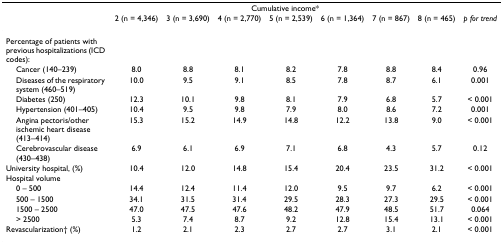
<table><thead><tr><td></td><td colspan="7"><b>Cumulative income*</b></td><td></td></tr><tr><td></td><td><b>2 (n = 4,346)</b></td><td><b>3 (n = 3,690)</b></td><td><b>4 (n = 2,770)</b></td><td><b>5 (n = 2,539)</b></td><td><b>6 (n = 1,364)</b></td><td><b>7 (n = 867)</b></td><td><b>8 (n = 465)</b></td><td><b><i>p for trend</i></b></td></tr></thead><tbody><tr><td>Percentage of patients with previous hospitalizations (ICD codes):</td><td></td><td></td><td></td><td></td><td></td><td></td><td></td><td></td></tr><tr><td> Cancer (140–239)</td><td>8.0</td><td>8.8</td><td>8.1</td><td>8.2</td><td>7.8</td><td>8.8</td><td>8.4</td><td>0.96</td></tr><tr><td> Diseases of the respiratory system (460–519)</td><td>10.0</td><td>9.5</td><td>9.1</td><td>8.5</td><td>7.8</td><td>8.7</td><td>6.1</td><td>0.001</td></tr><tr><td> Diabetes (250)</td><td>12.3</td><td>10.1</td><td>9.8</td><td>8.1</td><td>7.9</td><td>6.8</td><td>5.7</td><td>&lt; 0.001</td></tr><tr><td> Hypertension (401–405)</td><td>10.4</td><td>9.5</td><td>9.8</td><td>7.9</td><td>8.0</td><td>8.6</td><td>7.2</td><td>0.001</td></tr><tr><td> Angina pectoris/other ischemic heart disease (413–414)</td><td>15.3</td><td>15.2</td><td>14.9</td><td>14.8</td><td>12.2</td><td>13.8</td><td>9.0</td><td>&lt; 0.001</td></tr><tr><td> Cerebrovascular disease (430–438)</td><td>6.9</td><td>6.1</td><td>6.9</td><td>7.1</td><td>6.8</td><td>4.3</td><td>5.7</td><td>0.12</td></tr><tr><td>University hospital, (%)</td><td>10.4</td><td>12.0</td><td>14.8</td><td>15.4</td><td>20.4</td><td>23.5</td><td>31.2</td><td>&lt; 0.001</td></tr><tr><td>Hospital volume</td><td></td><td></td><td></td><td></td><td></td><td></td><td></td><td></td></tr><tr><td> 0 – 500</td><td>14.4</td><td>12.4</td><td>11.4</td><td>12.0</td><td>9.5</td><td>9.7</td><td>6.2</td><td>&lt; 0.001</td></tr><tr><td> 500 – 1500</td><td>34.1</td><td>31.5</td><td>31.4</td><td>29.5</td><td>28.3</td><td>27.3</td><td>29.5</td><td>&lt; 0.001</td></tr><tr><td> 1500 – 2500</td><td>47.0</td><td>47.5</td><td>47.6</td><td>48.2</td><td>47.9</td><td>48.5</td><td>51.7</td><td>0.064</td></tr><tr><td> &gt; 2500</td><td>5.3</td><td>7.4</td><td>8.7</td><td>9.2</td><td>12.8</td><td>15.4</td><td>13.1</td><td>&lt; 0.001</td></tr><tr><td>Revascularization† (%)</td><td>1.2</td><td>2.1</td><td>2.3</td><td>2.7</td><td>2.7</td><td>3.1</td><td>2.1</td><td>&lt; 0.001</td></tr></tbody></table>